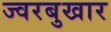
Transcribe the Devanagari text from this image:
ज्वरबुखार